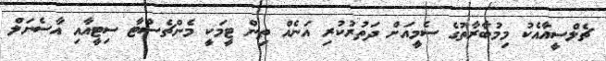
ޗެލްސީއާއެކު މިމުބާރާތުގެ ސެމީއަށް ދަތުރުކުރި އަނެއް ތިން ޓީމަކީ މެންޗެސްޓާ ސިޓީއާއި އާސެނަލް